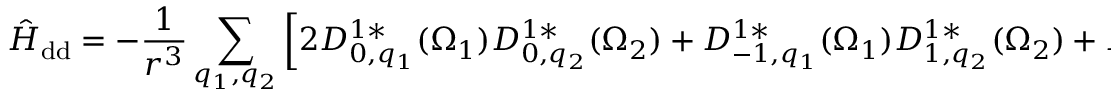
\hat { H } _ { \mathrm { d d } } = - \frac { 1 } { r ^ { 3 } } \sum _ { q _ { 1 } , q _ { 2 } } \left[ 2 D _ { 0 , q _ { 1 } } ^ { 1 * } ( \Omega _ { 1 } ) D _ { 0 , q _ { 2 } } ^ { 1 * } ( \Omega _ { 2 } ) + D _ { - 1 , q _ { 1 } } ^ { 1 * } ( \Omega _ { 1 } ) D _ { 1 , q _ { 2 } } ^ { 1 * } ( \Omega _ { 2 } ) + D _ { 1 , q _ { 1 } } ^ { 1 * } ( \Omega _ { 1 } ) D _ { - 1 , q _ { 2 } } ^ { 1 * } ( \Omega _ { 2 } ) \right] d _ { 1 , q _ { 1 } } d _ { 2 , q _ { 2 } } \, ,